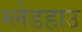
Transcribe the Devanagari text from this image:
ग्लेडहाउ